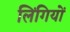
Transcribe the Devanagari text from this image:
लिंगियों